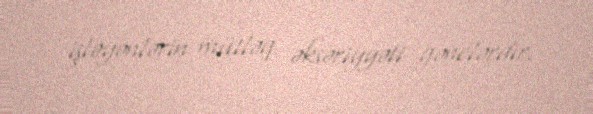
işləyənlərin mütləq əksəriyyəti gənclərdir.